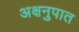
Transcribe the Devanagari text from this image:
अक्षनुपात